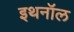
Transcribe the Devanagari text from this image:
इथनॉल